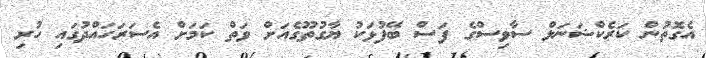
އެގޮތުން ކަރެކްޝަނަލް ސާވިސްގެ ފަސް ބޭފުޅަކު ޔާގުތޫގެއަށް ވަތް ކަމަށް އެސަރަހައްދުގައި ހުރި